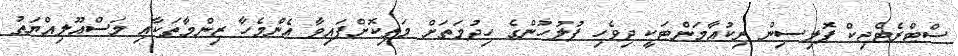
ސްޓްރެޓެޖިކް ޕޮލިސިން ރިކުއާމަންޓަކީ ދިވެހި ފުލުހުންގެ ހިދުމަތަށް މަތިކޮށްފައިވާ އެންމެހާ ޒިންމާތަކާއި މަސްއޫލިއްޔަތު